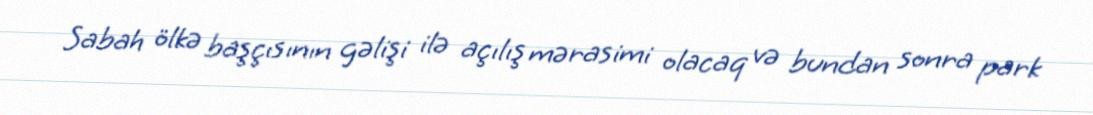
Sabah ölkə başçısının gəlişi ilə açılış mərasimi olacaq və bundan sonra park